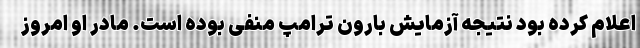
اعلام کرده بود نتیجه آزمایش بارون ترامپ منفی بوده است. مادر او امروز